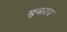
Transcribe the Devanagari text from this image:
मुकरव